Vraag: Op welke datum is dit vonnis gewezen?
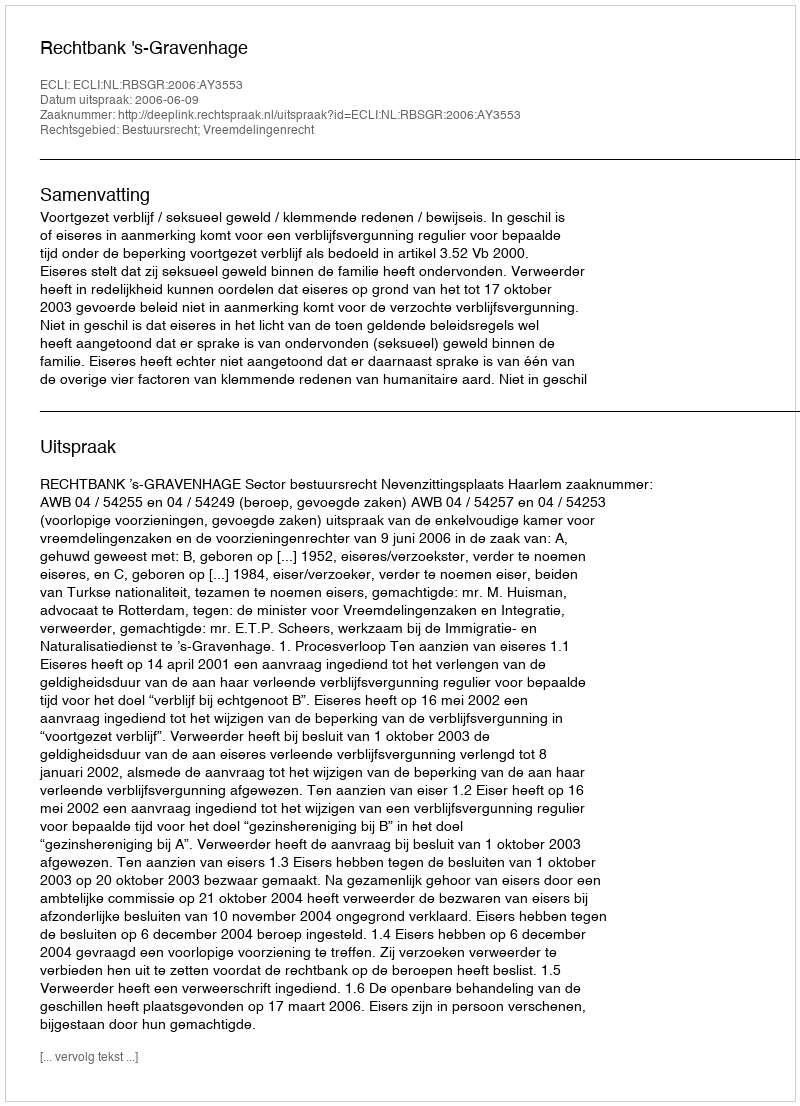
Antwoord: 2006-06-09